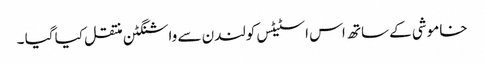
خاموشی کے ساتھ اس اسٹیٹس کولندن سے واشنگٹن منتقل کیا گیا ۔